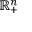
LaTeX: \mathbb { R } _ { + } ^ { n }